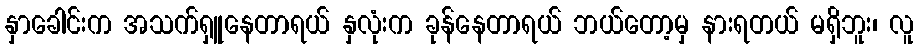
နှာခေါင်းက အသက်ရှူနေတာရယ် နှလုံးက ခုန်နေတာရယ် ဘယ်တော့မှ နားရတယ် မရှိဘူး၊ လူ